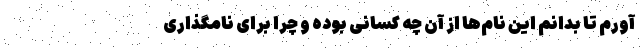
آورم تا بدانم این نام‌ها از آن چه کسانی بوده و چرا برای نامگذاری